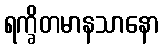
ရက္ခိတမာနသာနော